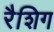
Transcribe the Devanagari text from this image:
रैशिग